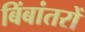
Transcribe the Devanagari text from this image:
बिंबांतरों